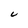
Character: C